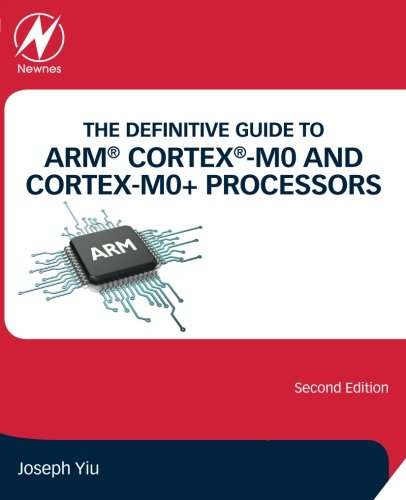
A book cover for The Definitive Guide to ARMÂ® CortexÂ®-M0 and Cortex-M0+ Processors, Second Edition; Joseph Yiu; Computers & Technology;